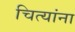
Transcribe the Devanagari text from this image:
चित्यांना